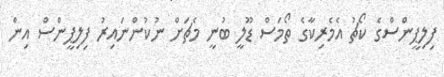
ފިލިޕީންސްގެ ކޯޗު އެމެރިކާގެ ތޯމަސް ޑޫލީ ބުނީ މެޗަށް ނުކުންނައިރު ފިލިޕީންސް އިން